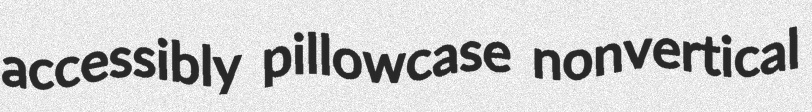
accessibly pillowcase nonvertical